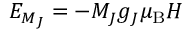
E _ { M _ { J } } = - M _ { J } g _ { J } \mu _ { \mathrm { B } } H